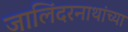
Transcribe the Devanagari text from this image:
जालिंदरनाथांच्या